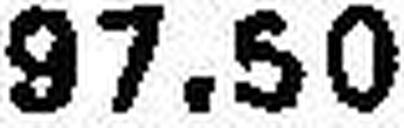
97.50